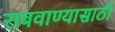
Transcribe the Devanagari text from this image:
राबवाण्यासाठी